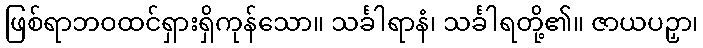
ဖြစ်ရာဘဝထင်ရှားရှိကုန်သော။ သင်္ခါရာနံ၊ သင်္ခါရတို့၏။ ဇာယပဉှာ၊